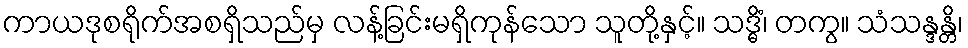
ကာယဒုစရိုက်အစရှိသည်မှ လန့်ခြင်းမရှိကုန်သော သူတို့နှင့်။ သဒ္ဓိံ၊ တကွ။ သံသန္ဒန္တိ၊